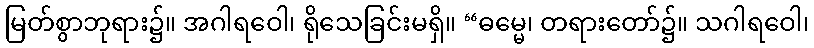
မြတ်စွာဘုရား၌။ အဂါရဝေါ၊ ရိုသေခြင်းမရှိ။ “ဓမ္မေ၊ တရားတော်၌။ သဂါရဝေါ၊